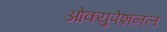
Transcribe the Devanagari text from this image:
ओक्युपेशनल